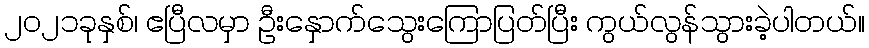
၂၀၂၁ခုနှစ်၊ ဧပြီလမှာ ဦးနှောက်သွေးကြောပြတ်ပြီး ကွယ်လွန်သွားခဲ့ပါတယ်။